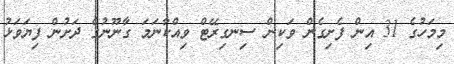
މިމަހުގެ 31 އިން ފެށިގެން ވަކިން ސިނގިރޭޓް ވިއްކާނަމަ ގާނޫނުގެ ދަށުން ފިޔަވަޅު